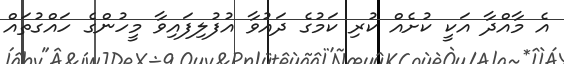
އެ މާއްދާ އަކީ ކުށެއް ކުރި ކަމުގެ ދައުވާ އުފުލިފައިވާ މީހުންގެ ހައްގުތައް